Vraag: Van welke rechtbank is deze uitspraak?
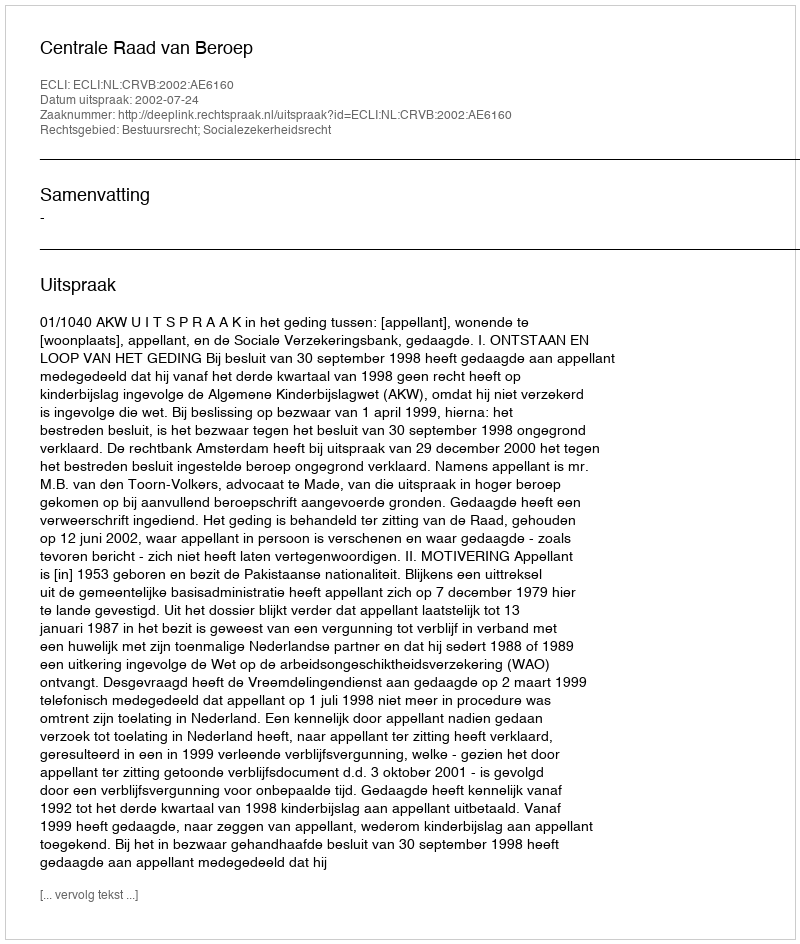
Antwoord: Centrale Raad van Beroep